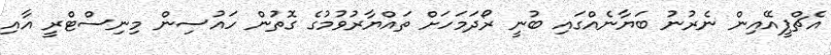
އެޗްޕީއޭއިން ނެރުނު ބަޔާނެއްގައި ބުނީ ރޯދަމަހަށް ތައްޔާރުވުމުގެ ގޮތުން ހައުސިން މިނިސްޓްރީ އާއި